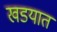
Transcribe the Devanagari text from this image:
खडयात